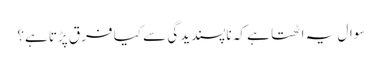
سوال یہ اٹھتا ہے کہ ناپسندیدگی سے کیا فرق پڑتا ہے؟